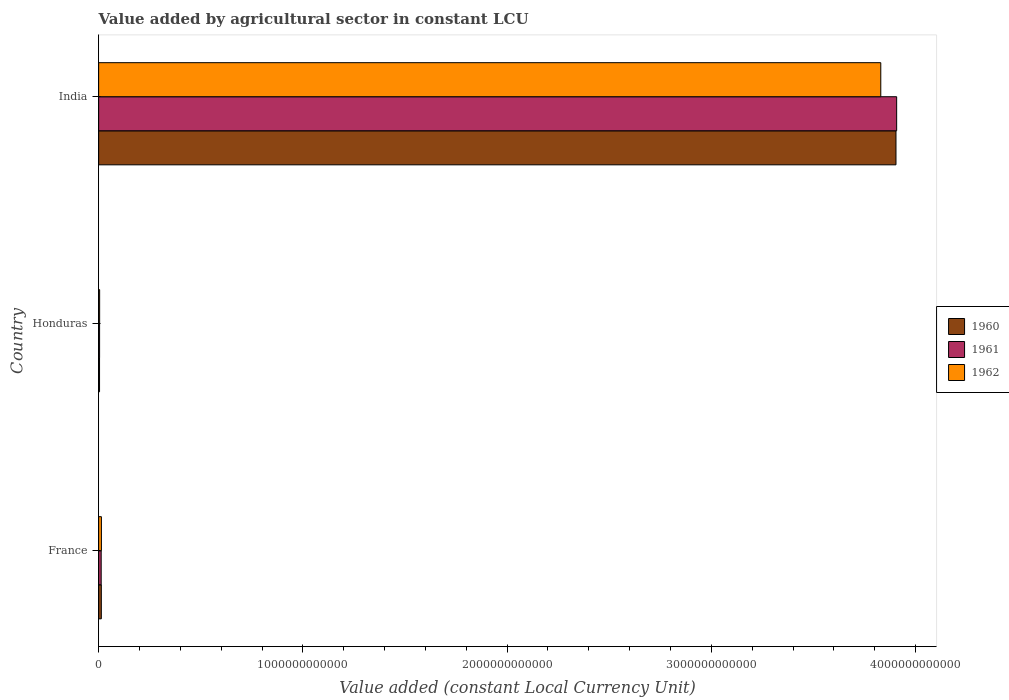
| Country | 1960 | 1961 | 1962 |
 | --- | --- | --- | --- |
 | France | 1.32e+10 | 1.25e+10 | 1.36e+10 |
 | Honduras | 4.44e+09 | 4.73e+09 | 4.96e+09 |
 | India | 3.9e+12 | 3.91e+12 | 3.83e+12 |